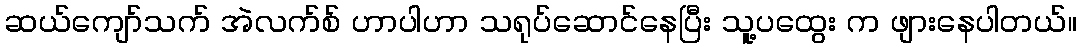
ဆယ်ကျော်သက် အဲလက်စ် ဟာပါဟာ သရုပ်ဆောင်နေပြီး သူ့ပထွေး က ဖျားနေပါတယ်။